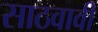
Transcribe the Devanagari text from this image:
साठवावी